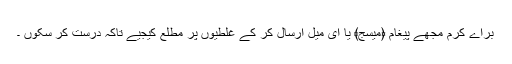
براے کرم مجھے پیغام ﴿میسج﴾ یا ای میل ارسال کر کے غلطیوں پر مطلع کیجیے تاکہ درست کر سکوں ۔